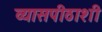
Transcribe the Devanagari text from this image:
व्यासपीठाशी